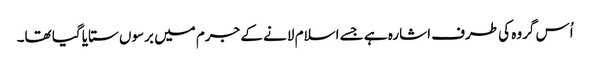
اُس گروہ کی طرف اشارہ ہے جسے اسلام لانے کے جرم میں برسوں ستایا گیا تھا۔